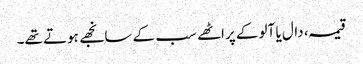
قیمہ، دال یا آلو کے پراٹھے سب کے سانجھے ہوتے تھے۔